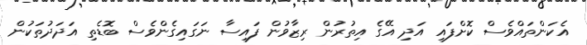
އެކަންތައްވެސް ކޮށްފައި އަދި އޭގެ އިތުރުން ރިޒާވުން ފައިސާ ނަގައިގެންވެސް ބޮޑެތި އަދަދުތަކުން